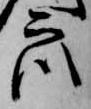
衆